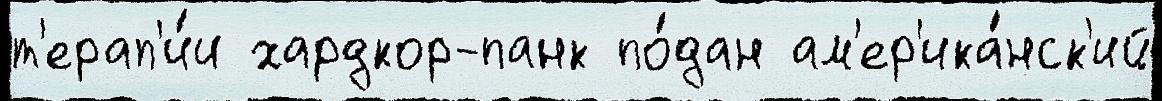
т'ерап'и́и хардкор-панк по́дан ам'ер'ика́нск'ий